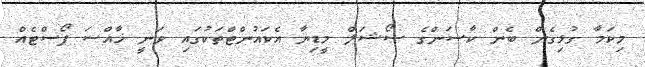
މިކަމާ ގުޅިގެން ބެން ކާސަންގެ ސޯޝަލް މީޑިޔާ އެކައުންޓްތަކުގައި ވަނީ ޚާއްސަ ޕޯސްޓެއް